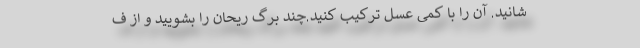
شانید. آن را با کمی عسل ترکیب کنید.چند برگ ریحان را بشویید و از ف